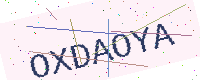
Text: OXDAOYA